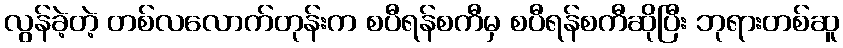
လွန်ခဲ့တဲ့ တစ်လလောက်တုန်းက စပီရန်စကီမှ စပီရန်စကီဆိုပြီး ဘုရားတစ်ဆူ